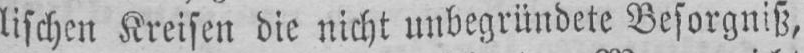
lischen Kreisen die nicht unbegründete Besorgniß,